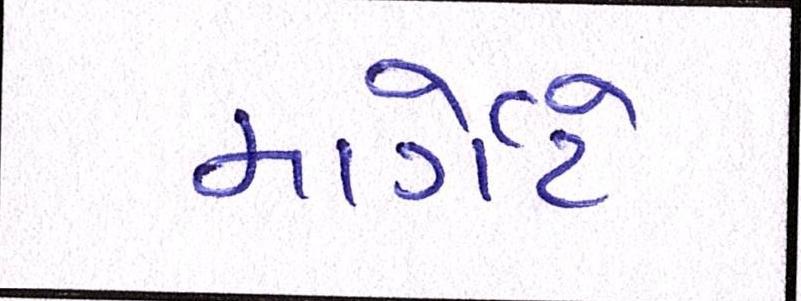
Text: માર્ગેટે